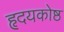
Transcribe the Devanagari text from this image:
हृदयकोष्ठ